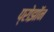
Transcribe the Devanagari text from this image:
प्रोझॉन